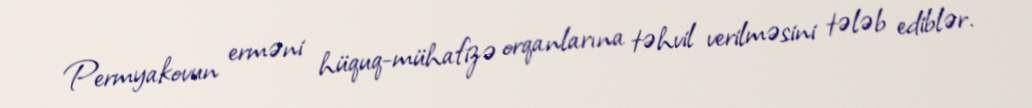
Permyakovun erməni hüquq-mühafizə orqanlarına təhvil verilməsini tələb ediblər.